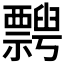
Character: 𥜞